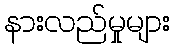
နားလည်မှုများ